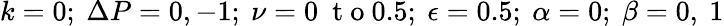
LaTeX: k=0;~\Delta P=0,-1;~\nu=0~\mathrm{~t~o~}0.5;~\epsilon=0.5;~\alpha=0;~\beta=0,~1